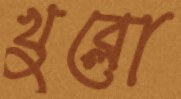
খুব্‌লো